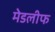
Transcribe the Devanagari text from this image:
मेडलीफ